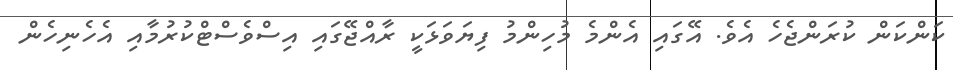
ކަންކަން ކުރަންޖެހެ އެވެ. އޭގައި އެންމެ މުހިންމު ފިޔަވަޅަކީ ރާއްޖޭގައި އިސްވެސްޓްކުރުމާއި އެހެނިހެން